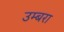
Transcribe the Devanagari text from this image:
उम्बरा